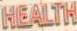
HEALTH